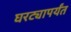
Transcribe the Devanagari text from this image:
घरट्यापर्यंत